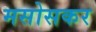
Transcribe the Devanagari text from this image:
मसोसकर